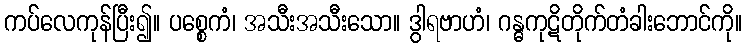
ကပ်လေကုန်ပြီး၍။ ပစ္စေကံ၊ အသီးအသီးသော။ ဒွါရဗာဟံ၊ ဂန္ဓကုဋိတိုက်တံခါးဘောင်ကို။